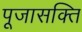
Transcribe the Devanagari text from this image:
पूजासक्ति